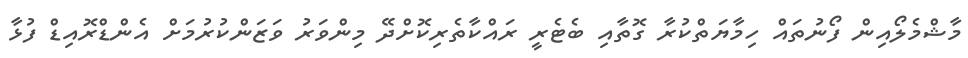
މާޝްމެލޯއިން ފޯނުތައް ހިމާޔަތްކުރާ ގޮތާއި ބެޓެރީ ރައްކާތެރިކޮށްދޭ މިންވަރު ވަޒަންކުރުމަށް އެންޑްރޮއިޑް ފުޅާ